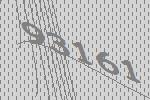
93161